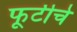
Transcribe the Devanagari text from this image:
फूटीचे